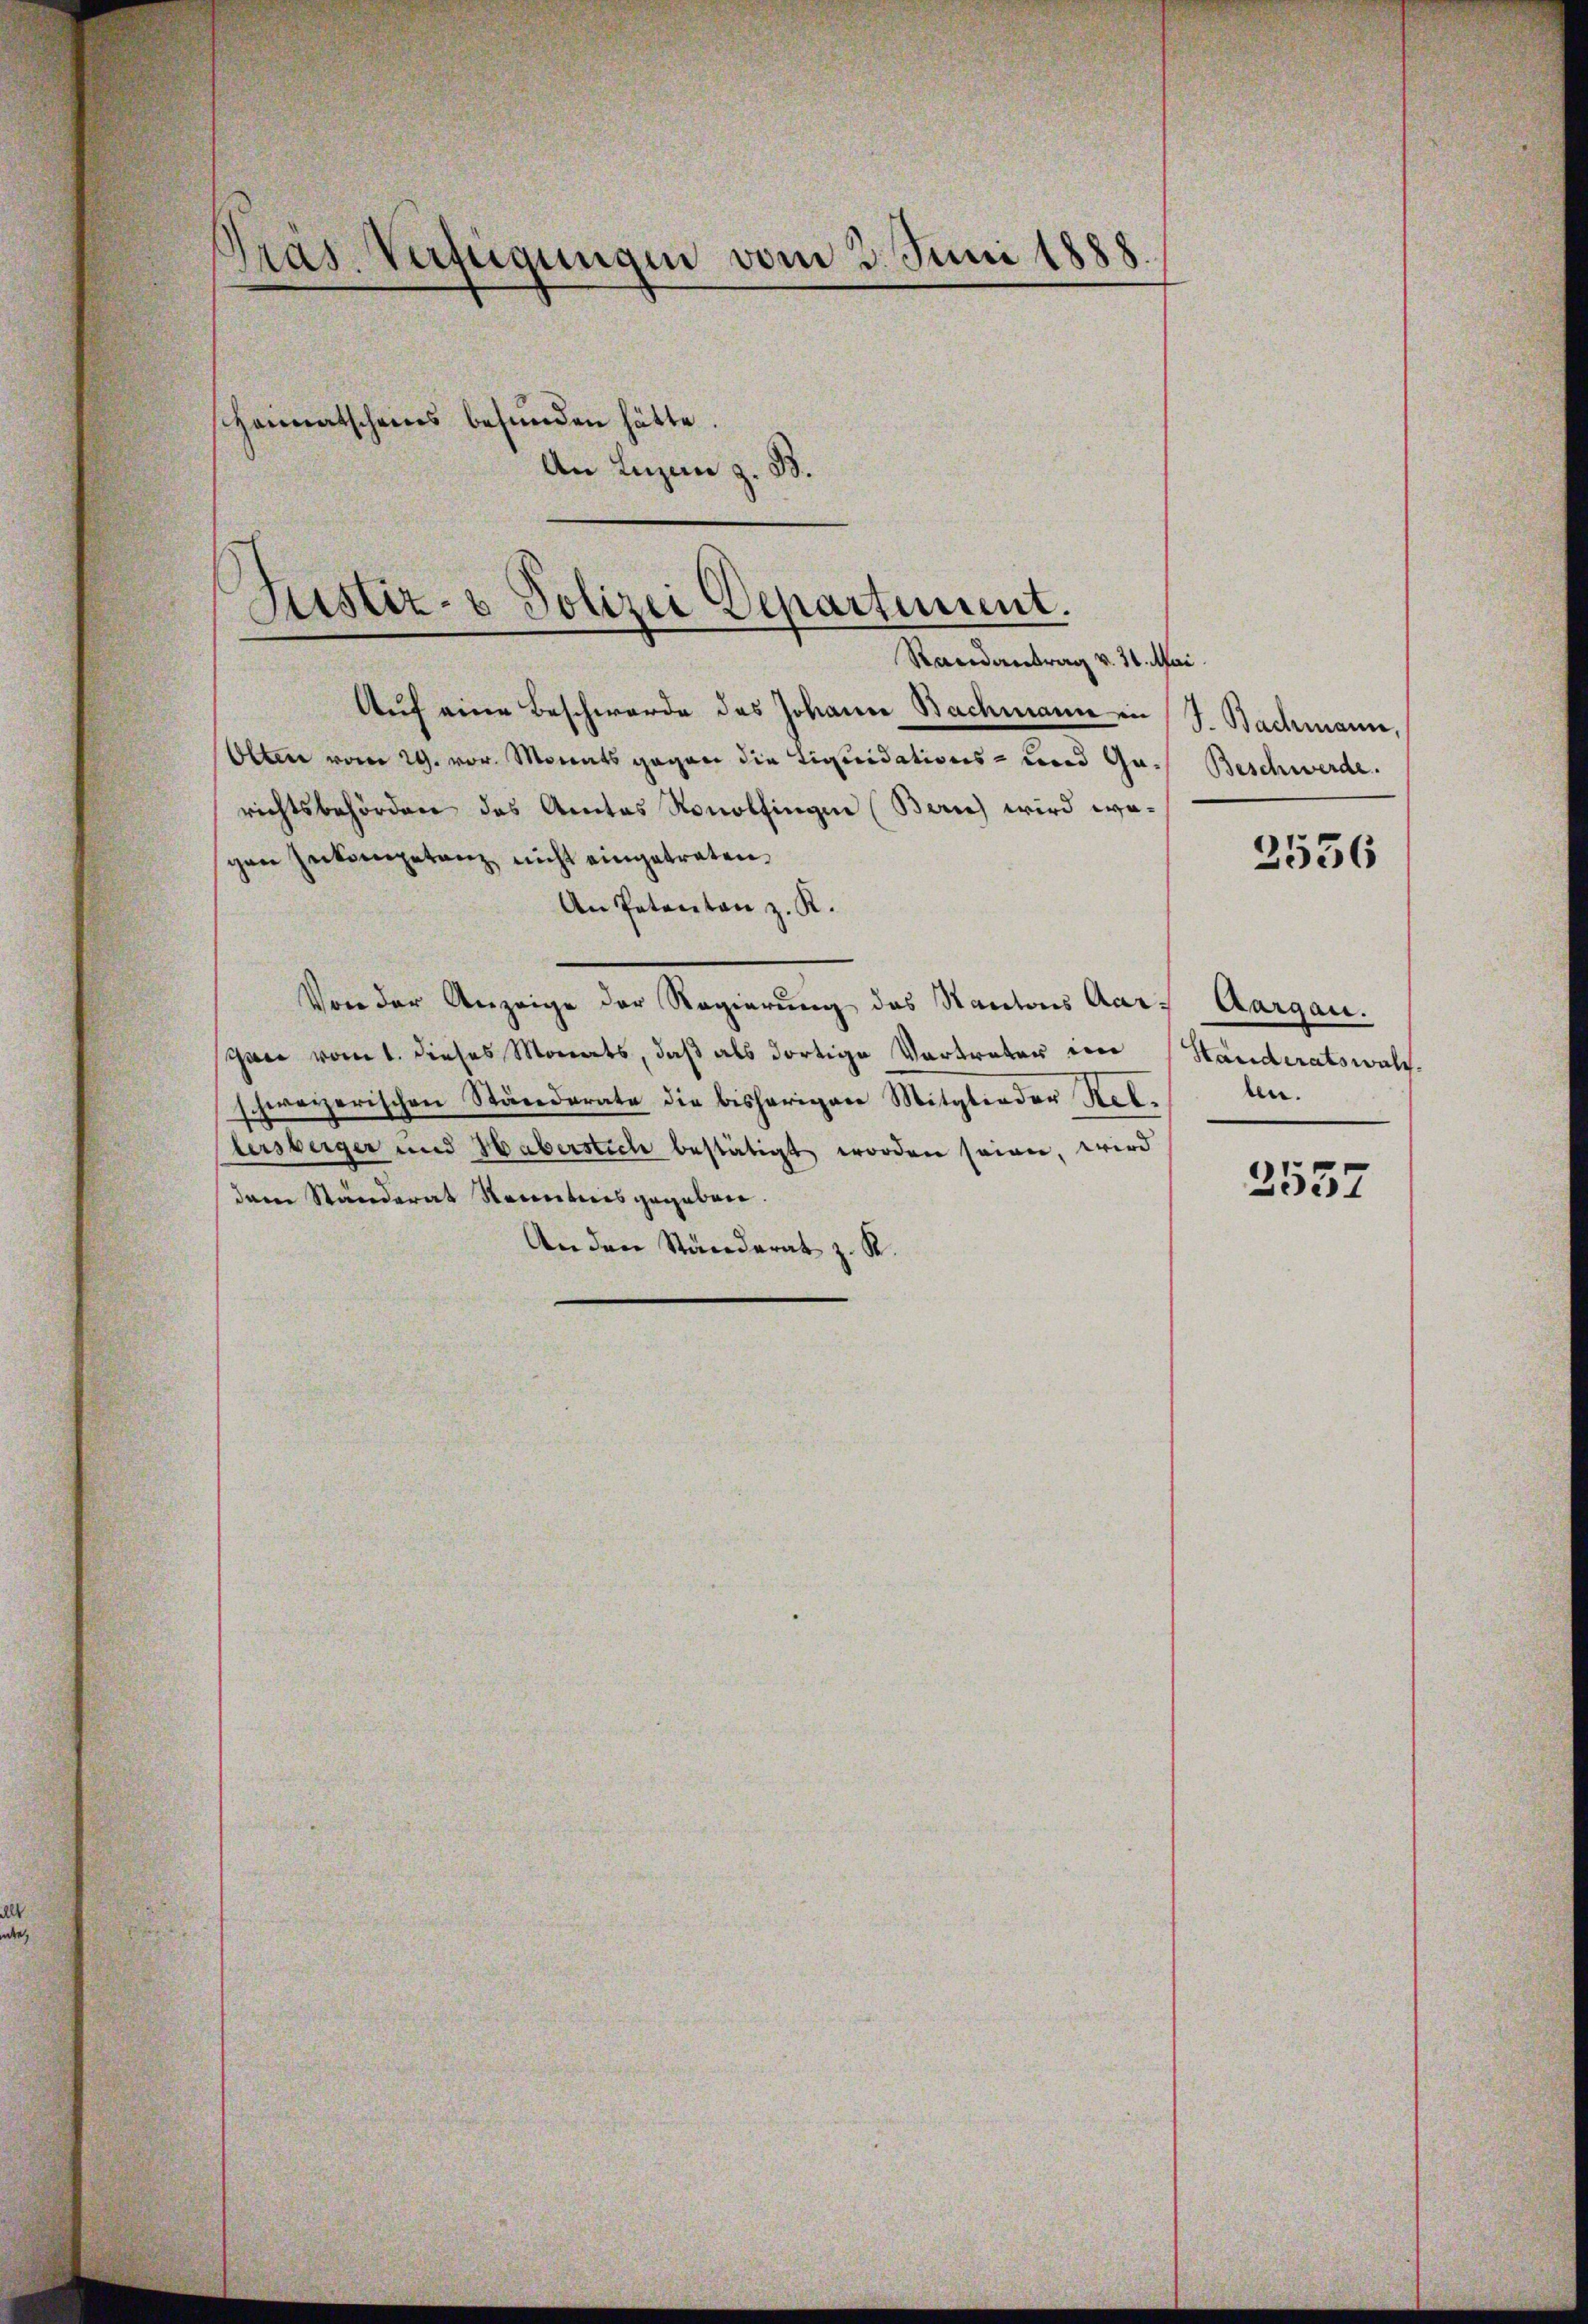
Präs. Verfügungen vom 3. Juni 1888
scheimatschens befunden hätte.
An Luzern z. B.

Justiz- & Polizei Departement.
Randantrag v. 31. Mai

Auf eine Beschwerde des Johann Nachmann in J. Bachmann,
Olten vom 29. vor. Monats gegen die Liquidations- und Ga¬ Beschwerde.
richtsbehörden des Amtes Ronolfingen (Bern wird wogen Inkompetanz nicht eingetreten.
An Petenten z. R.
Von der Anzeige der Regierung des Kantons Aar- Aargau.
chwer vom 1. dieses Monats, daß als dortige Vortreter im Standeratswah-
schweizerischen Ständerate die bisherigen Mitglieder Rellen.
tersberger und Haberstich bestätigt worden seien, wird
dem Ständerat Renntnis gegeben.
An den Ständerat z. R.

3556

3537